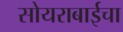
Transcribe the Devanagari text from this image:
सोयराबाईचा